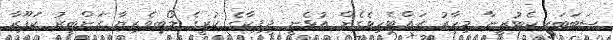
ސަބަބަކީ ކެޓުރީނާ މިހާރު ރައްޓެހިވެގެން އުޅެނީ ދީޕިކާގެ ކުރީގެ ލޯބިވެރިޔާ ރަންބީރު ކަޕޫރާ